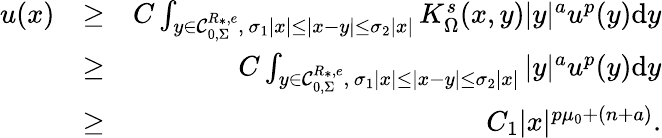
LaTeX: \begin{array}{rlr}{u(x)}&{\geq}&{C\int_{y\in\mathcal C_{0,\Sigma}^{R_{\ast},e},\, \sigma_{1}|x|\leq|x-y|\leq\sigma_{2}|x|}K_{\Omega}^{s}(x,y)|y|^{a}u^{p}(y)\mathrm dy}\\ &{\geq}&{C\int_{y\in\mathcal C_{0,\Sigma}^{R_{\ast},e},\, \sigma_{1}|x|\leq|x-y|\leq\sigma_{2}|x|}|y|^{a}u^{p}(y)\mathrm dy}\\ &{\geq}&{C_{1}|x|^{p\mu_{0}+(n+a)}.}\end{array}